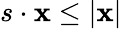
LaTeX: s\cdot\mathbf{x}\leq|\mathbf{x}|